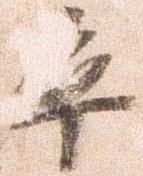
率